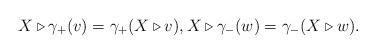
LaTeX: \begin{align*}X \triangleright \gamma_+(v) = \gamma_+(X \triangleright v),X \triangleright \gamma_-(w) = \gamma_-(X \triangleright w).\end{align*}